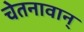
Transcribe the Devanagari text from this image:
चेतनावान्‌